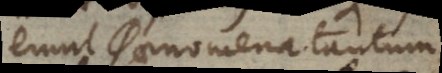
erunt phaenomena tantum,